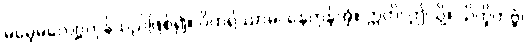
မမေ့မလျော့ကုန်သည်ဖြစ်၍။ ဝိဟရိဿာမ၊ နေကုန်အံ့။ ဣတိ၊ ဤသို့။ သိက္ခိတဗ္ဗံ၊